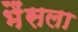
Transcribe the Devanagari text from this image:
भैंसला